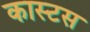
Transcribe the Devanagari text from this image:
कास्टस